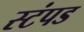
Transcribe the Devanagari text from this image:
स्टंपड